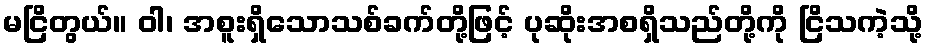
မငြိတွယ်။ ဝါ၊ အစူးရှိသောသစ်ခက်တို့ဖြင့် ပုဆိုးအစရှိသည်တို့ကို ငြိသကဲ့သို့